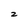
Character: 2